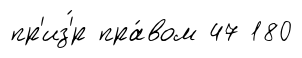
пр'из'́р пра́вом 47 180